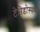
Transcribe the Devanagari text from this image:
टेरिडोस्पर्म्स